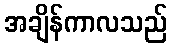
အချိန်ကာလသည်